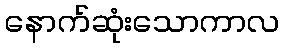
နောက်ဆုံးသောကာလ